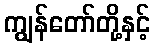
ကျွန်တော်တို့နှင့်